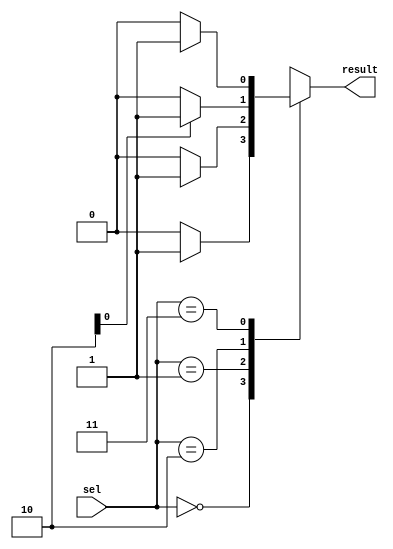
module complex_behavior (
    input wire [1:0] sel,
    output reg result
);

always @(*) begin
    case (sel)
        2'b00: begin
            if (condition1) begin
                result <= 1'b1;
            end else begin
                result <= 1'b0;
            end
        end
        
        2'b01: begin
            if (condition2) begin
                result <= 1'b1;
            end else begin
                result <= 1'b0;
            end
        end
        
        2'b10: begin
            if (condition3) begin
                result <= 1'b1;
            end else begin
                result <= 1'b0;
            end
        end
        
        2'b11: begin
            if (condition4) begin
                result <= 1'b1;
            end else begin
                result <= 1'b0;
            end
        end
    endcase
end

endmodule